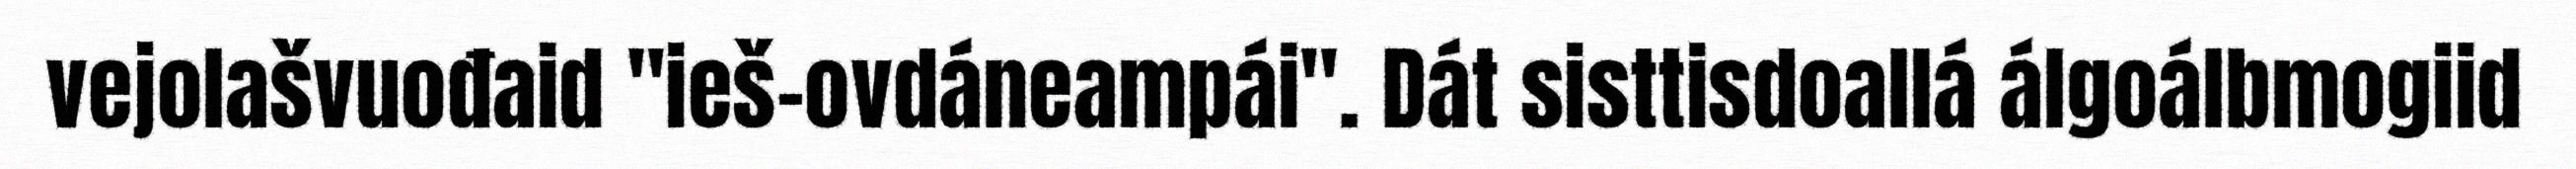
vejolašvuođaid "ieš-ovdáneampái". Dát sisttisdoallá álgoálbmogiid